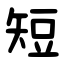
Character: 短